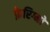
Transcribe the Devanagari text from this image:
फ़ेरिग्नो